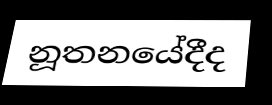
නූතනයේදීද